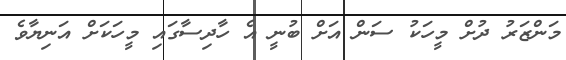
މަންޒަރު ދުށް މީހަކު ސަން އަށް ބުނީ އެ ހާދިސާގައި މީހަކަށް އަނިޔާވެ